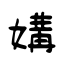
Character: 媾